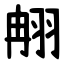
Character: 䎃